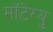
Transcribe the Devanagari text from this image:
मॉटेग्यु